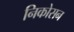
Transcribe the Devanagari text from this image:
निकोसन